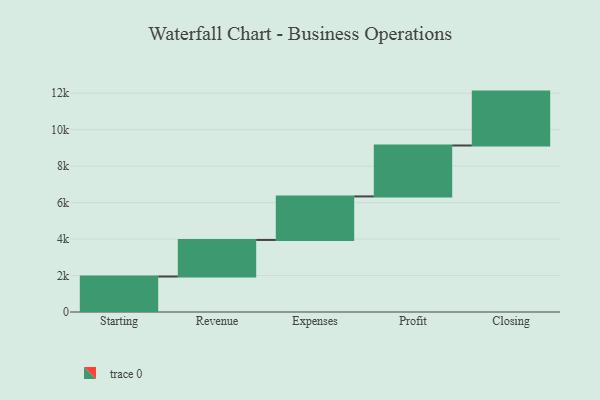
{"axis": {"x": "Step", "y": "Value"}, "legend": [""], "data": [{"x": "Starting", "y": 1946.0, "type": ""}, {"x": "Revenue", "y": 2006.0, "type": ""}, {"x": "Expenses", "y": 2388.0, "type": ""}, {"x": "Profit", "y": 2794.0, "type": ""}, {"x": "Closing", "y": 2956.0, "type": ""}]}